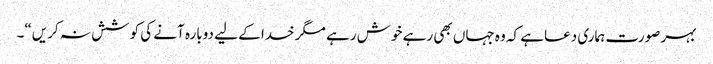
بہر صورت ہماری دعاہے کہ وہ جہاں بھی رہے خوش رہے مگر خدا کے لیے دوبارہ آنے کی کوشش نہ کریں“۔